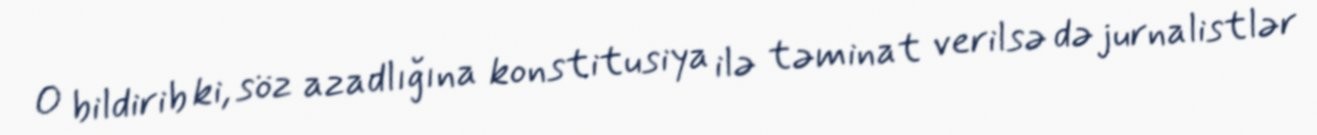
O bildirib ki, söz azadlığına konstitusiya ilə təminat verilsə də jurnalistlər